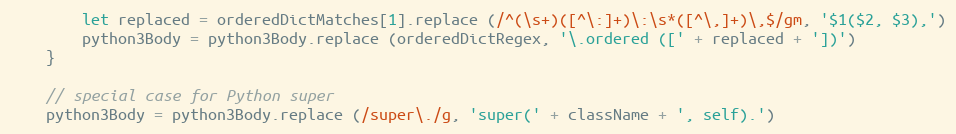
Language: JavaScript
        let replaced = orderedDictMatches[1].replace (/^(\s+)([^\:]+)\:\s*([^\,]+)\,$/gm, '$1($2, $3),')
        python3Body = python3Body.replace (orderedDictRegex, '\.ordered ([' + replaced + '])')
    }

    // special case for Python super
    python3Body = python3Body.replace (/super\./g, 'super(' + className + ', self).')